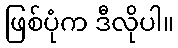
ဖြစ်ပုံက ဒီလိုပါ။